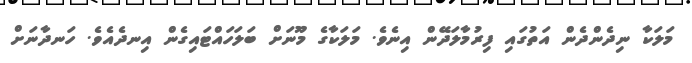
މަލަކާ ނިދެންދެން އަތުގައި ފިރުމާލަދޭން އިނެވެ. މަލަކާގެ މޫނަށް ބަލަހައްޓައިގެން އިނދެއެވެ. ހަނދާނަށް